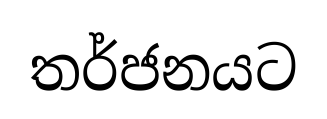
තර්ජනයට